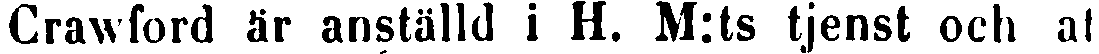
Crawford är anställd i H. M:ts tjenst och al